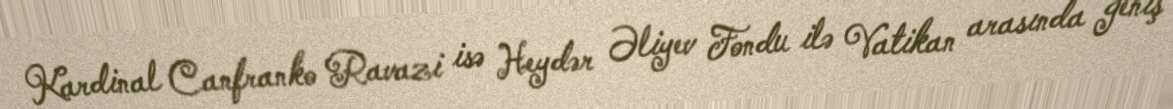
Kardinal Canfranko Ravazi isə Heydər Əliyev Fondu ilə Vatikan arasında geniş